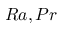
R a , P r